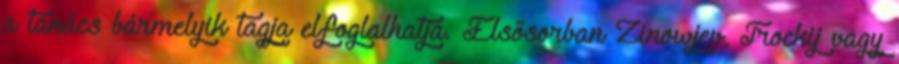
a tanács bármelyik tagja elfoglalhatja. Elsősorban Zinowjev, Trockij vagy